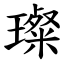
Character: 璨